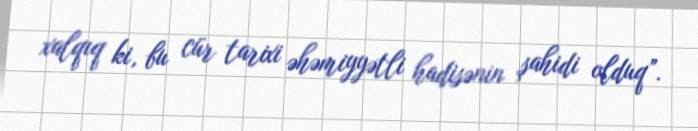
xalqıq ki, bu cür tarixi əhəmiyyətli hadisənin şahidi olduq”.